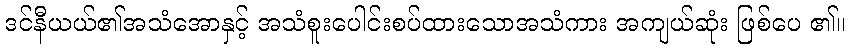
ဒင်နီယယ်၏အသံအောနှင့် အသံစူးပေါင်းစပ်ထားသောအသံကား အကျယ်ဆုံး ဖြစ်ပေ ၏။